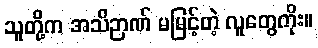
သူတို့က အသိဉာဏ် မမြင့်တဲ့ လူတွေကိုး။